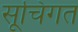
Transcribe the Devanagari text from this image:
सूचिगत